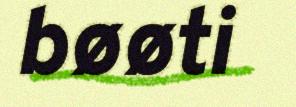
bøøti